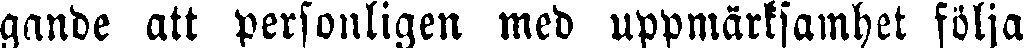
gande att personligen med uppmärksamhet följa